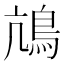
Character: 䲳